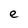
Character: e